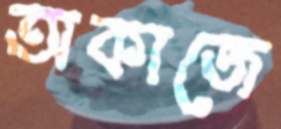
অকাজে